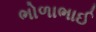
ભોળાભાઈ